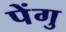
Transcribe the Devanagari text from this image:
पेंगु